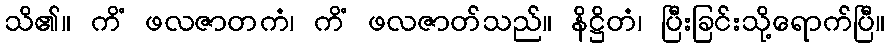
သိ၏။ ကိံ ဖလဇာတကံ၊ ကိံ ဖလဇာတ်သည်။ နိဋ္ဌိတံ၊ ပြီးခြင်းသို့ရောက်ပြီ။